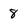
Character: 8